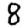
Digit: 8